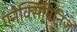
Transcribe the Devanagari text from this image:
एनेक्सिमिनिज़